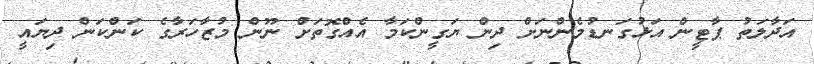
އަދާލަތު ޕާޓީން އަޅުގަނޑުމެންނަށް ދިން ޔަގީންކަމާ އެެއްގޮތަށް ނޫން މުޒާހަރާގެ ކަންކަން ދިޔައީ